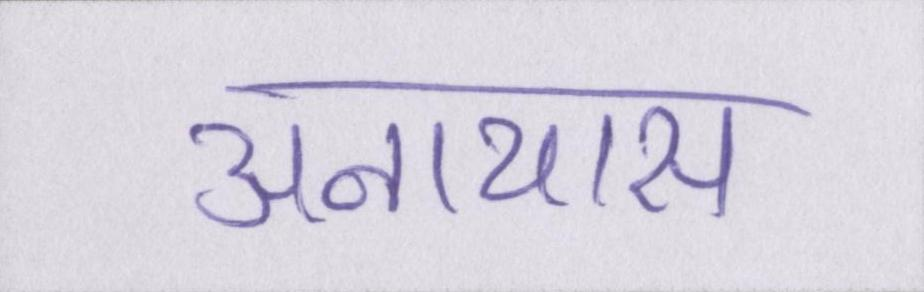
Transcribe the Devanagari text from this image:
अनायास